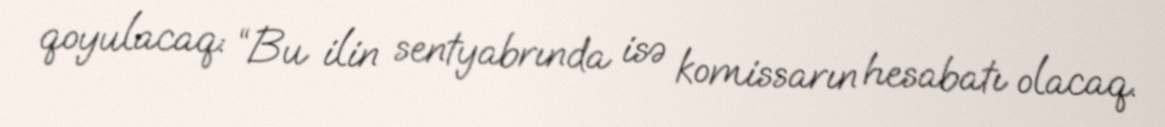
qoyulacaq: “Bu ilin sentyabrında isə komissarın hesabatı olacaq.